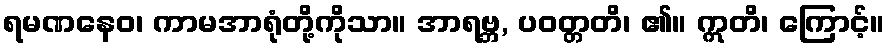
ရမဏနေဝ၊ ကာမအာရုံတို့ကိုသာ။ အာရဗ္ဘ, ပဝတ္တတိ၊ ၏။ ဣတိ၊ ကြောင့်။